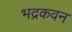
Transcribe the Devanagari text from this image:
भद्रकवन